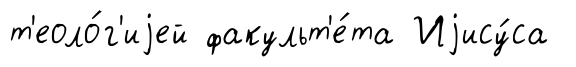
т'еоло́г'иjей факульт'е́та Иjису́са